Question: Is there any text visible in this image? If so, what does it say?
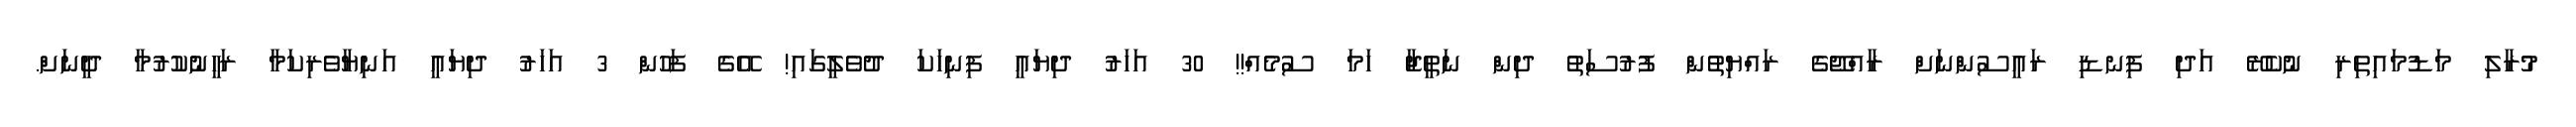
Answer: މުރާލި މަޑުމައިތިރި ނުކެރޭ އަދި ފިނޑި ރައީސުންނަށް ރާއްޖޭގެ ރައްޔިތުން ފުރުސަތު ދިން ނަތީޖާ ހަމަ ސުމެއް!! 30 އަހަރު ދިޔައީ ފިނިހަކަ ދުވެލީގައި! އޭގެ ފަހުން 3 އަހަރު ދިޔައީ އަނިޔާވެރިކަމާ ރަހީނުކުރުމާ ދީނަށް.